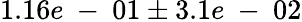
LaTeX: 1.16e\mathrm{~-~}01\pm 3.1e\mathrm{~-~}02